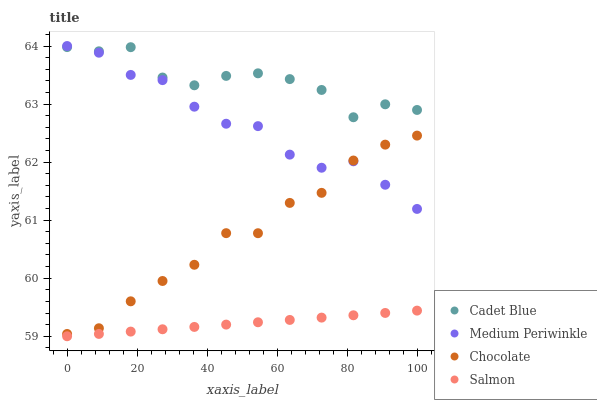
| xaxis_label | Cadet Blue | Medium Periwinkle | Chocolate | Salmon |
 | --- | --- | --- | --- | --- |
 | 0 | 64 | 64 | 59 | 59 |
 | 9.09 | 63.9 | 63.9 | 59.1 | 59 |
 | 18.2 | 64 | 63.5 | 59.6 | 59.1 |
 | 27.3 | 63.5 | 63.4 | 60 | 59.1 |
 | 36.4 | 63.3 | 63 | 60.2 | 59.2 |
 | 45.5 | 63.5 | 62.7 | 60.8 | 59.2 |
 | 54.5 | 63.5 | 62.6 | 60.8 | 59.2 |
 | 63.6 | 63.4 | 62.1 | 61.3 | 59.3 |
 | 72.7 | 63.2 | 61.9 | 61.5 | 59.3 |
 | 81.8 | 62.8 | 62 | 62 | 59.4 |
 | 90.9 | 63 | 61.6 | 62.3 | 59.4 |
 | 100 | 62.9 | 61.2 | 62.5 | 59.4 |